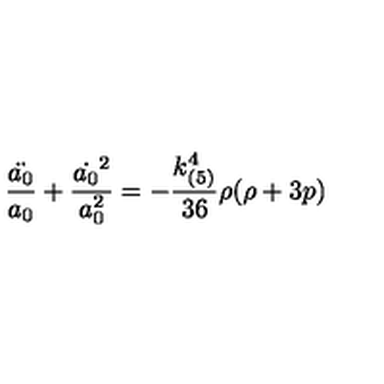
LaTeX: \frac { \ddot { a _ { 0 } } } { a _ { 0 } } + \frac { \dot { a _ { 0 } } ^ { 2 } } { a _ { 0 } ^ { 2 } } = - \frac { k _ { ( 5 ) } ^ { 4 } } { 3 6 } \rho ( \rho + 3 p )